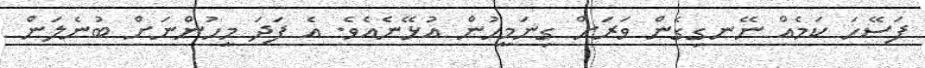
ފަސޭހަ ކަމެއް ނޭނގިގެން ވަރަށް ގިނަމީހުން އުޅޭނެއެވެ. އެ ފަދަ މީހުންނަށް ބުނެލަން